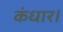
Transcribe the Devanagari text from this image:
कंधार।